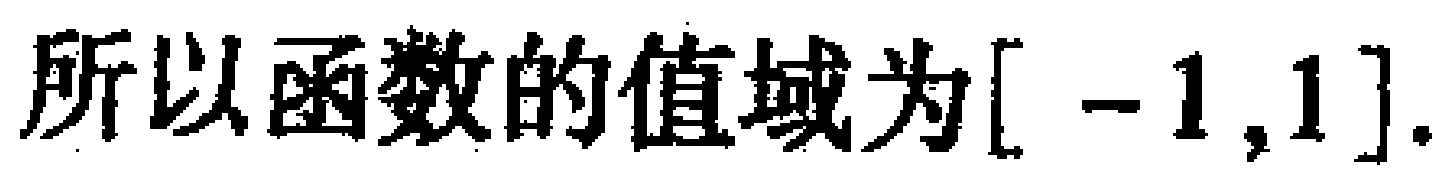
所以函数的值域为$[-1,1].$